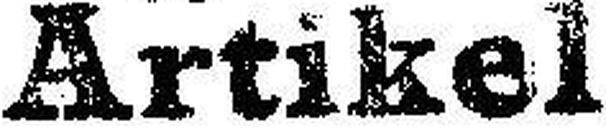
Artikel